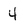
Character: 4